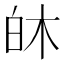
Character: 𪽻